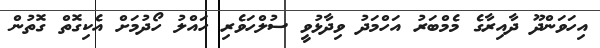
އިހަވަންދޫ ދާއިރާގެ މެމްބަރު އަހްމަދު ވިދާޅުވީ ސުލްހަވެރި ހައްލު ހޯދުމަށް އެކިގޮތް ގޮތުން